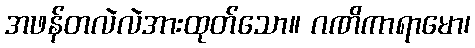
အဖန်တလဲလဲအားထုတ်သော။ ဂဏိကာရာမော၊